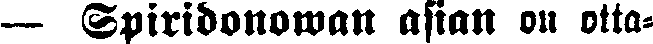
— Spiridonowan asian on otta-